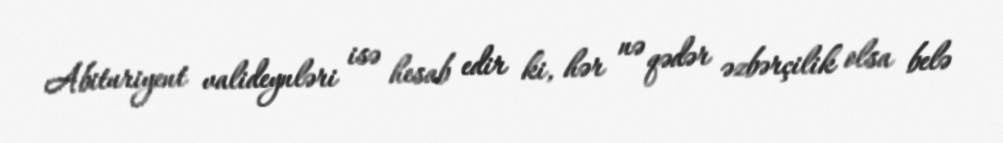
Abituriyent valideynləri isə hesab edir ki, hər nə qədər əzbərçilik olsa belə